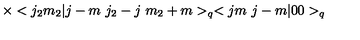
\times < j _ { 2 } m _ { 2 } | j - m \ j _ { 2 } - j \ m _ { 2 } + m > _ { q } < j m \ j - m | 0 0 > _ { q }